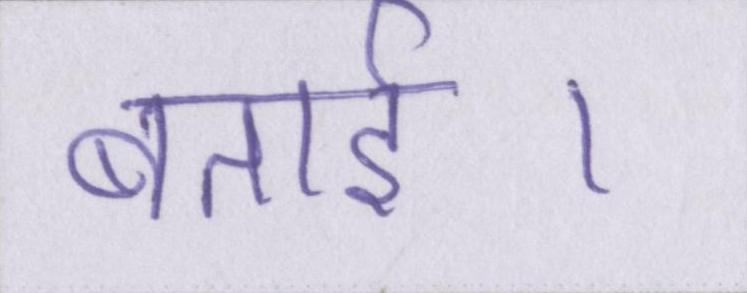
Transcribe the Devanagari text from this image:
बताई।